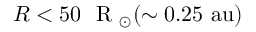
R < 5 0 ~ \mathrm { ~ R ~ } _ { \odot } ( \sim 0 . 2 5 ~ \mathrm { a u } )